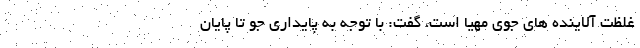
غلظت آلاینده های جوی مهیا است، گفت: با توجه به پایداری جو تا پایان